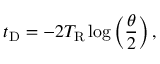
t _ { \mathrm { D } } = - 2 T _ { \mathrm { R } } \log \left( \frac { \theta } { 2 } \right) ,